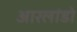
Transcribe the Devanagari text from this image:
आरलांडो